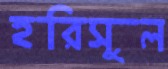
হরিসুল